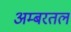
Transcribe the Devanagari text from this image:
अम्बरतल